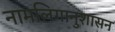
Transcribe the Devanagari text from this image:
नामलिगानुशासन